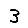
Digit: 3